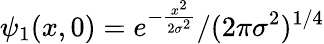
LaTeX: \psi_{1}(x,0)=e^{-\frac{x^{2}}{2\sigma^{2}}}/(2\pi\sigma^{2})^{1/4}